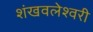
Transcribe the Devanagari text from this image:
शंखवलेश्वरी